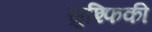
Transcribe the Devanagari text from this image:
सुश्फिकी